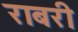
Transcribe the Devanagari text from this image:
राबरी